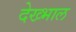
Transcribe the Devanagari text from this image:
देख्भाल